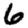
Digit: 6